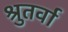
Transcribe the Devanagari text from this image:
श्रुतर्वा